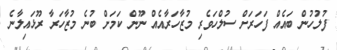
ފުލުހުން ބައެއް ފަހަރަށް ސުލްހަވެރި މުޒާހަރާއެއް ނޫން ކަމަށް ބުނެ މުޒާހަރާ ރޫޅައިލާނެ